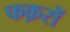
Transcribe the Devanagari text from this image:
फक़रों